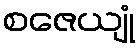
စဇေယျုံ